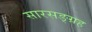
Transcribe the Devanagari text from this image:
सारसङ्ग्रह